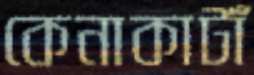
কেনাকাটাঁ